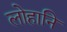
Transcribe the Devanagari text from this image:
लोहानि